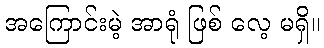
အကြောင်းမဲ့ အာရုံ ဖြစ် လေ့ မရှိ။